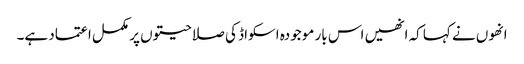
انھوں نے کہا کہ انھیں اس بار موجودہ اسکواڈ کی صلاحیتوں پر مکمل اعتماد ہے۔